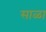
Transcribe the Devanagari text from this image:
साळा